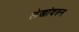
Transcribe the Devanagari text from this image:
लेखांवरुन